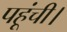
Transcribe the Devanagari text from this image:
पहूंची।